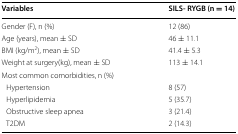
<table><thead><tr><td><b>Variables</b></td><td><b>SILS- RYGB (n = 14)</b></td></tr></thead><tbody><tr><td>Gender (F), n (%)</td><td>12 (86)</td></tr><tr><td>Age (years), mean ± SD</td><td>46 ± 11.1</td></tr><tr><td>BMI (kg/m<sup>2</sup>), mean ± SD</td><td>41.4 ± 5.3</td></tr><tr><td>Weight at surgery(kg), mean ± SD</td><td>113 ± 14.1</td></tr><tr><td colspan="2">Most common comorbidities, n (%)</td></tr><tr><td> Hypertension</td><td>8 (57)</td></tr><tr><td> Hyperlipidemia</td><td>5 (35.7)</td></tr><tr><td> Obstructive sleep apnea</td><td>3 (21.4)</td></tr><tr><td> T2DM</td><td>2 (14.3)</td></tr></tbody></table>